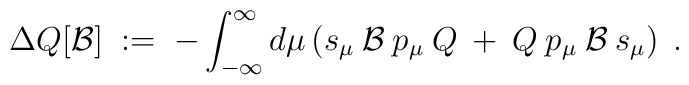
\Delta Q[{\mathcal{B}}] \;:=\;-\int_{-\infty}^\infty d\mu \left( s_\mu \:{\mathcal{B}}\:p_\mu\:Q\:+\: Q \:p_\mu \:{\mathcal{B}}\:s_\mu \right) \;.